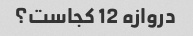
دروازه 12 کجاست؟